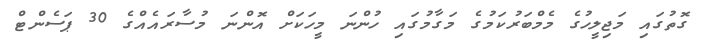
ގޮތުގައި މަޖިލީހުގެ މެމްބަރުކަމުގެ މަގާމުގައި ހުންނަ މީހަކަށް އޮންނަ މުސާރައެއްގެ 30 ޕަސެންޓް